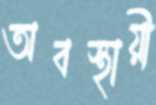
অবস্থায়ী